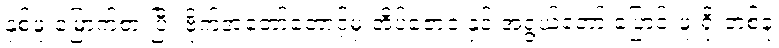
နှစ်ဖူးမြောက်စားပြီး ဗိုက်အတော်တောင့်မှ အိပ်ဇောဝ နှင့် အရွယ်တော် ပြောင်းဖူးရိုးတစ်ခု